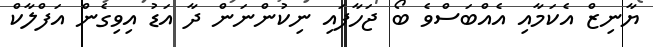
ޔާނިޒް އެކަމާއި އެއްބަސްވެ ބޯ ޖަހާފައި ނިކުންނަން ދާ އަޑު އިވިގެން އަފްލާކް